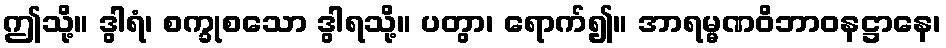
ဤသို့။ ဒွါရံ၊ စက္ခုစသော ဒွါရသို့။ ပတွာ၊ ရောက်၍။ အာရမ္မဏဝိဘာဝနဋ္ဌာနေ၊